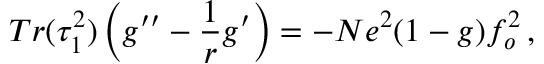
T r ( \tau _ { 1 } ^ { 2 } ) \left( g ^ { \prime \prime } - \frac { 1 } { r } g ^ { \prime } \right) = - N e ^ { 2 } ( 1 - g ) f _ { o } ^ { 2 } \, ,